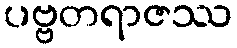
ပဗ္ဗတရာဇဿ